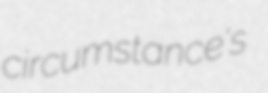
circumstance's